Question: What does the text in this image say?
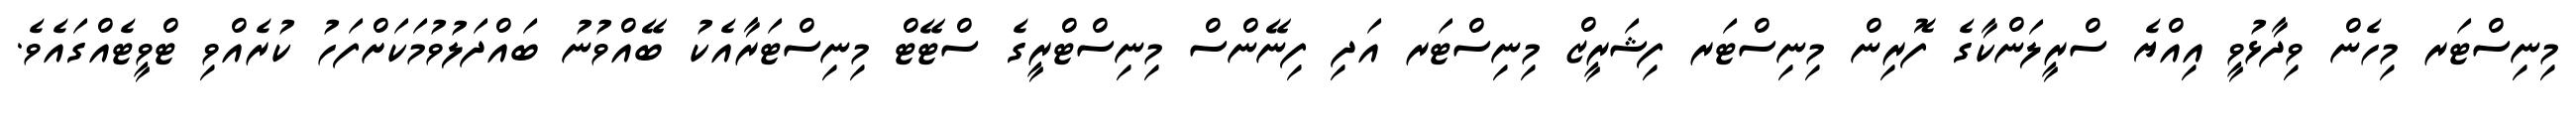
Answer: މިނިސްޓަރ މިހެން ވިދާޅުވީ އިއްޔެ ސްރީލަންކާގެ ފޮރިން މިނިސްޓަރ ފިޝަރީޒް މިނިސްޓަރ އަދި ފިނޭންސް މިނިސްޓްރީގެ ސްޓޭޓް މިނިސްޓަރާއެކު ބޭއްވުނު ބައްދަލުވުމަކަށްފަހު ކުރެއްވި ޓްވީޓެއްގައެވެ.